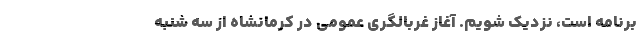
برنامه است، ‌نزدیک شویم. آغاز غربالگری عمومی در کرمانشاه از سه شنبه